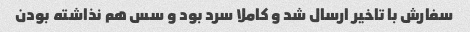
سفارش با تاخیر ارسال شد و کاملا سرد بود و سس هم نذاشته بودن